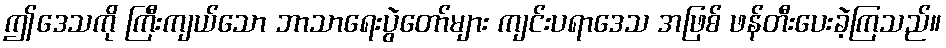
ဤဒေသကို ကြီးကျယ်သော ဘာသာရေးပွဲတော်များ ကျင်းပရာဒေသ အဖြစ် ဖန်တီးပေးခဲ့ကြသည်။